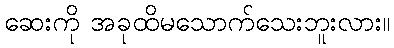
ဆေးကို အခုထိမသောက်သေးဘူးလား။